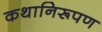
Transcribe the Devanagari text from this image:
कथानिरूपण